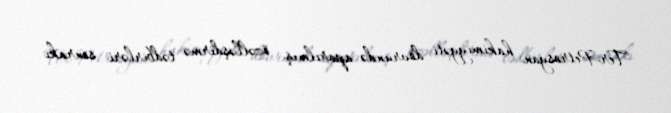
Ter-Petrosyan hakimiyyəti dövründə aparılmış özəlləşdirmə tədbirləri sonrakı